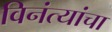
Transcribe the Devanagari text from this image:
विनंत्यांचा